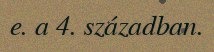
e. a 4. században.